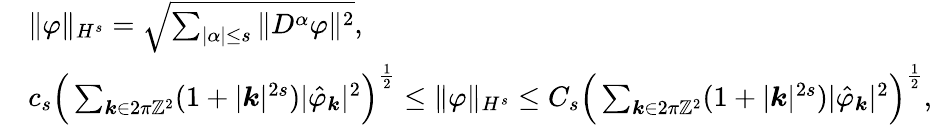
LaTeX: \begin{array}{rl}&{\| \varphi\| _{H^{s}}=\sqrt{\sum_{|\alpha|\leq s}\| D^{\alpha}\varphi\| ^{2}},}\\ &{c_{s}\Big(\sum_{\boldsymbol{k}\in 2\pi\mathbb{Z}^{2}}(1+|\boldsymbol{k}|^{2s})|\hat{\varphi}_{\boldsymbol{k}}|^{2}\Big)^{\frac{1}{2}}\leq\| \varphi\| _{H^{s}}\leq C_{s}\Big(\sum_{\boldsymbol{k}\in 2\pi\mathbb{Z}^{2}}(1+|\boldsymbol{k}|^{2s})|\hat{\varphi}_{\boldsymbol{k}}|^{2}\Big)^{\frac{1}{2}},}\end{array}